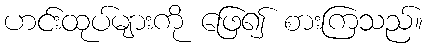
ဟင်းထုပ်များကို ဖြေ၍ စားကြသည်။